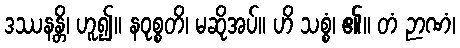
ဒဿနန္တိ၊ ဟူ၍။ နဝုစ္စတိ၊ မဆိုအပ်။ ဟိ သစ္စံ၊ ၏။ တံ ဉာဏံ၊